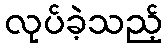
လုပ်ခဲ့သည့်